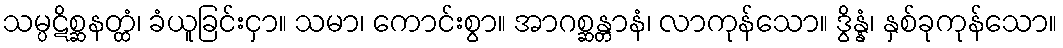
သမ္ပဋိစ္ဆနတ္ထံ၊ ခံယူခြင်းငှာ။ သမာ၊ ကောင်းစွာ။ အာဂစ္ဆန္တာနံ၊ လာကုန်သော။ ဒွိန္နံ၊ နှစ်ခုကုန်သော။